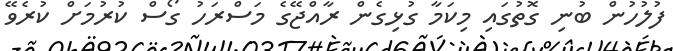
ފުލުހުން ބުނި ގޮތުގައި މިކަމާ ގުޅިގެން ރާއްޖޭގެ މަސްރަހު ގޯސް ކުރުމަށް ކުރެވޭ